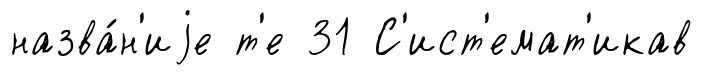
назва́н'иjе т'е 31 С'ист'емат'икав